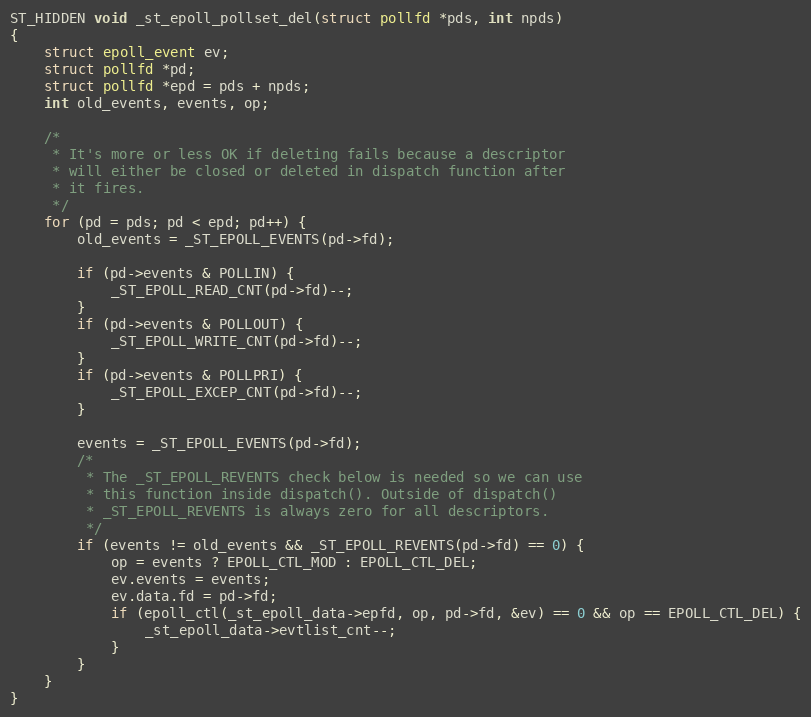
Language: C
ST_HIDDEN void _st_epoll_pollset_del(struct pollfd *pds, int npds)
{
    struct epoll_event ev;
    struct pollfd *pd;
    struct pollfd *epd = pds + npds;
    int old_events, events, op;

    /*
     * It's more or less OK if deleting fails because a descriptor
     * will either be closed or deleted in dispatch function after
     * it fires.
     */
    for (pd = pds; pd < epd; pd++) {
        old_events = _ST_EPOLL_EVENTS(pd->fd);

        if (pd->events & POLLIN) {
            _ST_EPOLL_READ_CNT(pd->fd)--;
        }
        if (pd->events & POLLOUT) {
            _ST_EPOLL_WRITE_CNT(pd->fd)--;
        }
        if (pd->events & POLLPRI) {
            _ST_EPOLL_EXCEP_CNT(pd->fd)--;
        }

        events = _ST_EPOLL_EVENTS(pd->fd);
        /*
         * The _ST_EPOLL_REVENTS check below is needed so we can use
         * this function inside dispatch(). Outside of dispatch()
         * _ST_EPOLL_REVENTS is always zero for all descriptors.
         */
        if (events != old_events && _ST_EPOLL_REVENTS(pd->fd) == 0) {
            op = events ? EPOLL_CTL_MOD : EPOLL_CTL_DEL;
            ev.events = events;
            ev.data.fd = pd->fd;
            if (epoll_ctl(_st_epoll_data->epfd, op, pd->fd, &ev) == 0 && op == EPOLL_CTL_DEL) {
                _st_epoll_data->evtlist_cnt--;
            }
        }
    }
}